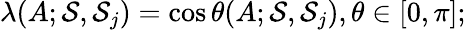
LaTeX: \lambda(A;{\cal S},{\cal S}_{j})=\cos\theta(A;{\cal S},{\cal S}_{j}),\theta\in[0,\pi];